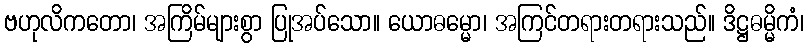
ဗဟုလိကတော၊ အကြိမ်များစွာ ပြုအပ်သော။ ယောဓမ္မော၊ အကြင်တရားတရားသည်။ ဒိဋ္ဌဓမ္မိကံ၊